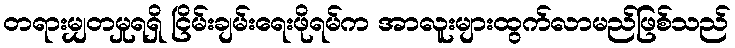
တရားမျှတမှုရရှိ ငြိမ်းချမ်းရေးဖိုရမ်က အာလူးများထွက်လာမည်ဖြစ်သည်